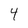
Character: 4